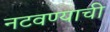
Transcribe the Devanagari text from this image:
नटवण्याची